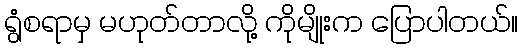
ရွံစရာမှ မဟုတ်တာလို့ ကိုမျိုးက ပြောပါတယ်။